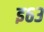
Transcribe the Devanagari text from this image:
इ६३